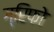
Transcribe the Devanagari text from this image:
ग्रिफो